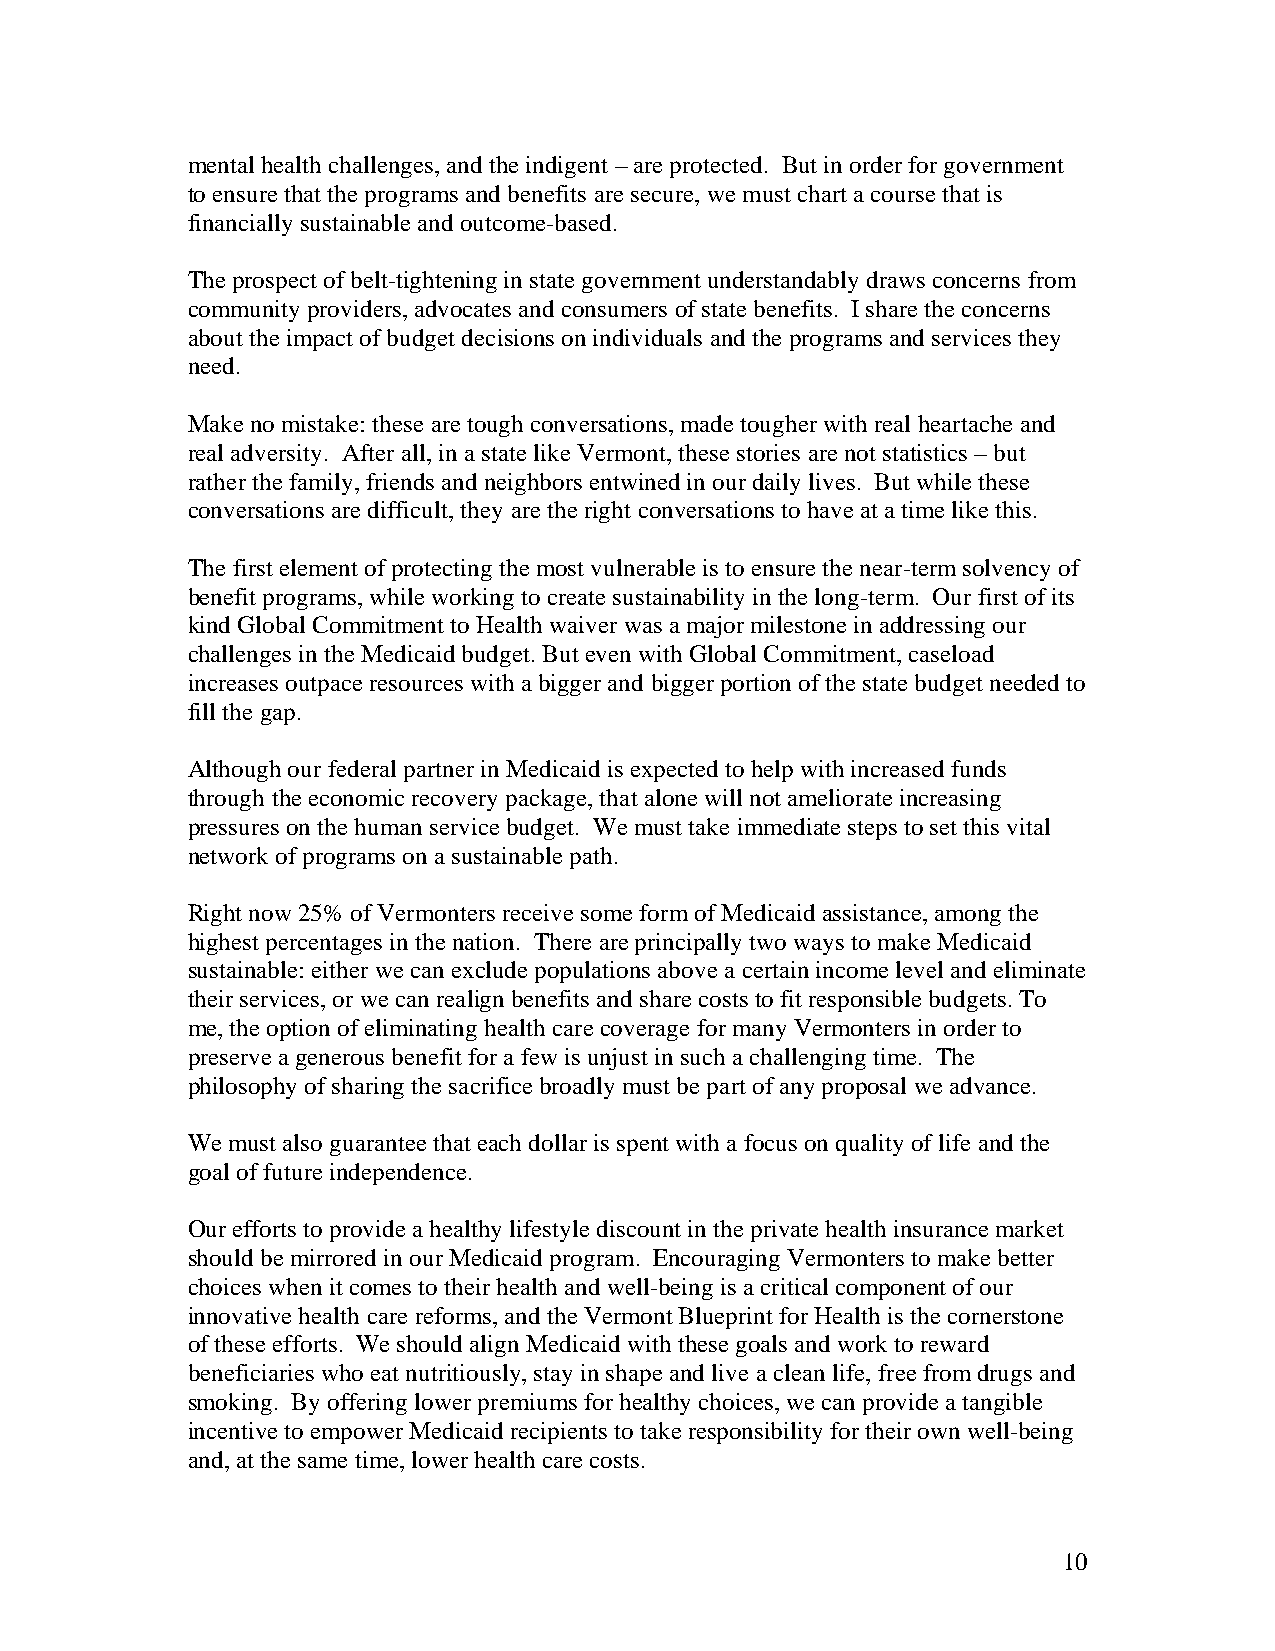
mental health challenges, and the indigent – are protected. But in order for government
 to ensure that the programs and benefits are secure, we must chart a course that is
 financially sustainable and outcome-based.
 The prospect of belt-tightening in state government understandably draws concerns from
 community providers, advocates and consumers of state benefits. I share the concerns
 about the impact of budget decisions on individuals and the programs and services they
 need.
 Make no mistake: these are tough conversations, made tougher with real heartache and
 real adversity. After all, in a state like Vermont, these stories are not statistics – but
 rather the family, friends and neighbors entwined in our daily lives. But while these
 conversations are difficult, they are the right conversations to have at a time like this.
 The first element of protecting the most vulnerable is to ensure the near-term solvency of
 benefit programs, while working to create sustainability in the long-term. Our first of its
 kind Global Commitment to Health waiver was a major milestone in addressing our
 challenges in the Medicaid budget. But even with Global Commitment, caseload
 increases outpace resources with a bigger and bigger portion of the state budget needed to
 fill the gap.
 Although our federal partner in Medicaid is expected to help with increased funds
 through the economic recovery package, that alone will not ameliorate increasing
 pressures on the human service budget. We must take immediate steps to set this vital
 network of programs on a sustainable path.
 Right now 25% of Vermonters receive some form of Medicaid assistance, among the
 highest percentages in the nation. There are principally two ways to make Medicaid
 sustainable: either we can exclude populations above a certain income level and eliminate
 their services, or we can realign benefits and share costs to fit responsible budgets. To
 me, the option of eliminating health care coverage for many Vermonters in order to
 preserve a generous benefit for a few is unjust in such a challenging time. The
 philosophy of sharing the sacrifice broadly must be part of any proposal we advance.
 We must also guarantee that each dollar is spent with a focus on quality of life and the
 goal of future independence.
 Our efforts to provide a healthy lifestyle discount in the private health insurance market
 should be mirrored in our Medicaid program. Encouraging Vermonters to make better
 choices when it comes to their health and well-being is a critical component of our
 innovative health care reforms, and the Vermont Blueprint for Health is the cornerstone
 of these efforts. We should align Medicaid with these goals and work to reward
 beneficiaries who eat nutritiously, stay in shape and live a clean life, free from drugs and
 smoking. By offering lower premiums for healthy choices, we can provide a tangible
 incentive to empower Medicaid recipients to take responsibility for their own well-being
 and, at the same time, lower health care costs.
 10